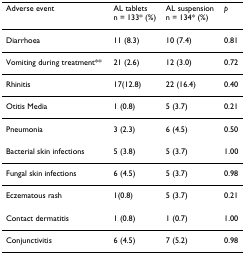
| Adverse event | AL tabletsn = 133* (%) | AL suspensionn = 134* (%) | p |
 | --- | --- | --- | --- |
 | Diarrhoea | 11 (8.3) | 10 (7.4) | 0.81 |
 | Vomiting during treatment** | 21 (2.6) | 12 (3.0) | 0.72 |
 | Rhinitis | 17(12.8) | 22 (16.4) | 0.40 |
 | Otitis Media | 1 (0.8) | 5 (3.7) | 0.21 |
 | Pneumonia | 3 (2.3) | 6 (4.5) | 0.50 |
 | Bacterial skin infections | 5 (3.8) | 5 (3.7) | 1.00 |
 | Fungal skin infections | 6 (4.5) | 5 (3.7) | 0.98 |
 | Eczematous rash | 1(0.8) | 5 (3.7) | 0.21 |
 | Contact dermatitis | 1 (0.8) | 1 (0.7) | 1.00 |
 | Conjunctivitis | 6 (4.5) | 7 (5.2) | 0.98 |